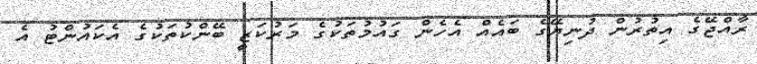
ރާއްޖޭގެ އިތުރުން ދުނިޔޭގެ ބައެއް އެހެން ގައުމުތަކުގެ މަރުކަޒީ ބޭންކުތަކުގެ އެކައުންޓު އެ